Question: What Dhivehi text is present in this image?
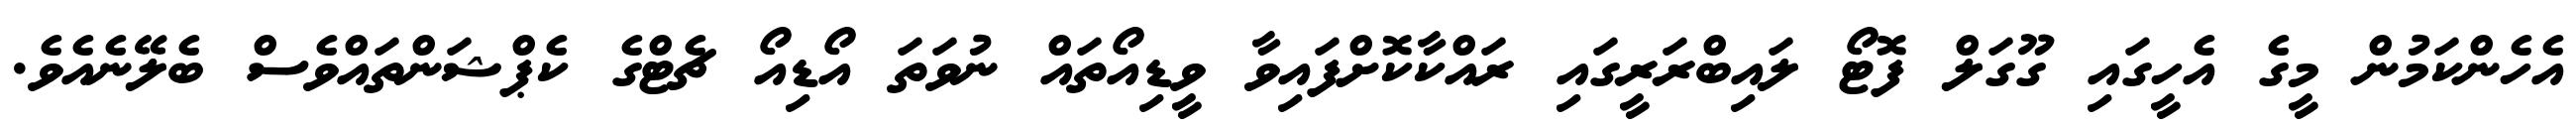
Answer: އެހެންކަމުން މީގެ އެހީގައި ގޫގަލް ފޮޓޯ ލައިބްރަރީގައި ރައްކާކޮށްފައިވާ ވީޑިއޯތައް ނުވަތަ އޯޑިއޯ ޗެޓްގެ ކެޕްޝަންތައްވެސް ބެލޭނެއެވެ.